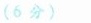
（6分)